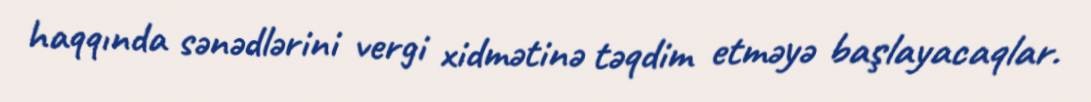
haqqında sənədlərini vergi xidmətinə təqdim etməyə başlayacaqlar.